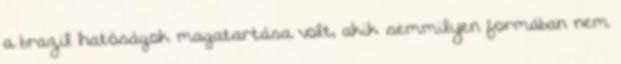
a brazil hatóságok magatartása volt, akik semmilyen formában nem